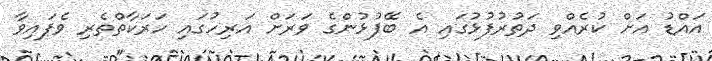
އައްޑު އަށް ކުރެއްވި ދަތުރުފުޅުގައި އެ ބޭފުޅުންގެ ވަރަށް އަރިހުގައި ހަރަކާތްތެރި ވެފައިވާ